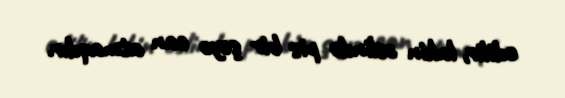
edilir, lakin əslində pis bir şeyə can atmaqdır.